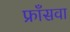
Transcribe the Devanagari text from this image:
फ्राँसवा